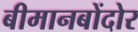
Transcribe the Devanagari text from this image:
बीमानबोंदोर